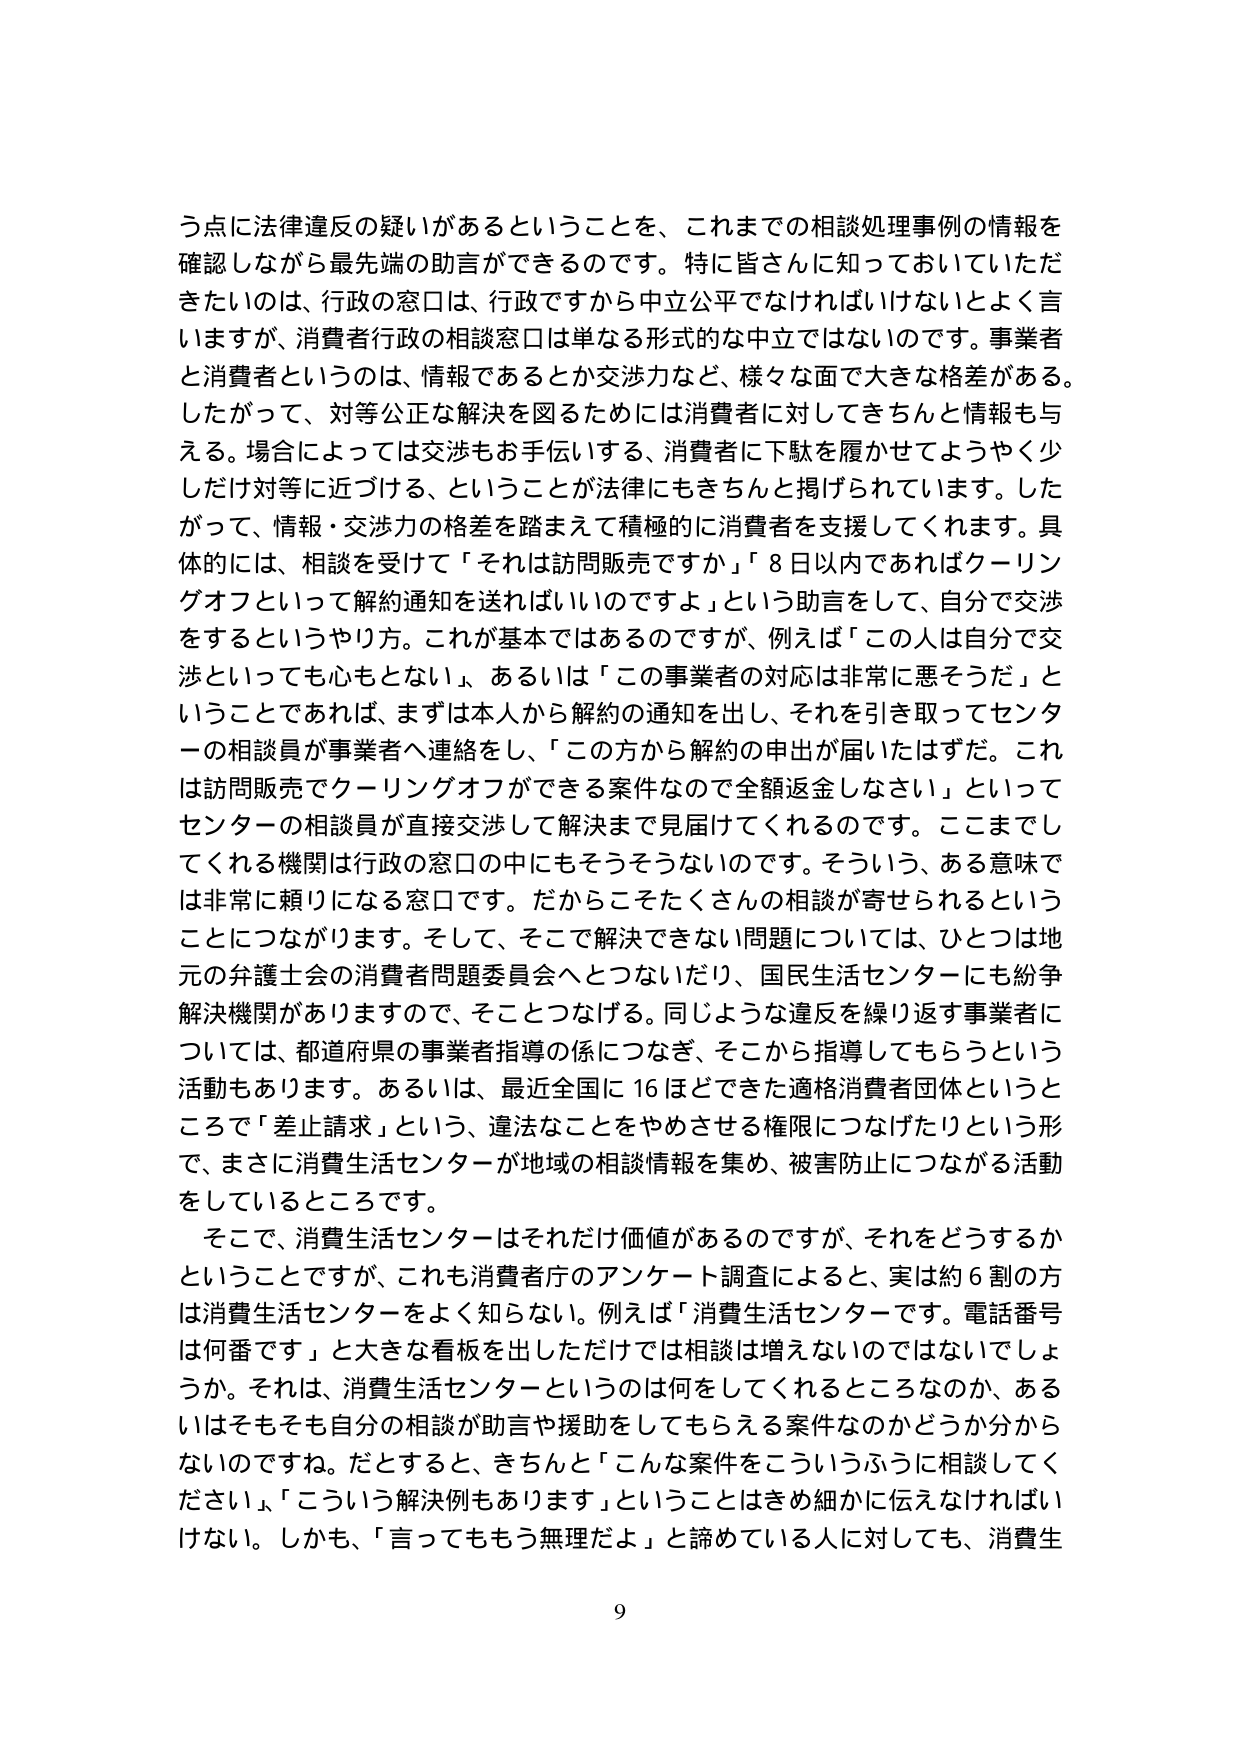
う点に法律違反の疑いがあるということを、これまでの相談処理事例の情報を確認しながら最先端の助言ができるのです。特に皆さんに知っておいていただきたいのは、行政の窓口は、行政ですから中立公平でなければいけないと言う言いますが、消費者行政の相談窓口は単なる形式的な中立ではないのです。事業者と消費者というのは、情報であるとか交渉力など、様々な面で大きな格差がある。したがって、対等公正な解決を図るためには消費者に対してきちんと情報も与える。場合によっては交渉もお手伝いする、消費者に下駄を履かせてようやく少しだけ対等に近づける、ということが法律にもきちんと掲げられています。したがって、情報・交渉力の格差を踏まえて積極的に消費者を支援してくれます。具体的には、相談を受けて「それは訪問販売ですか」「8日以内であればクーリングオフといって解約通知を送ればいいのですよ」という助言をして、自分で交渉をするというやり方。これが基本ではあるのですが、例えば「この人は自分で交渉といっても心もとない」、あるいは「この事業者の対応は非常に悪そうだ」ということであれば、まずは本人から解約の通知を出し、それを引き取ってセンターの相談員が事業者へ連絡をし、「この方から解約の申出が届いたはずだ。これは訪問販売でクーリングオフができる案件なので全額返金しなさい」といってセンターの相談員が直接交渉して解決まで見届けてくれるのです。ここまでしてくれる機関は行政の窓口の中にもそうそうないのです。そういう、ある意味では非常に頼りになる窓口です。だからこそたくさんの相談が寄せられるということにつながります。そして、そこで解決できない問題については、ひとつは地元の弁護士会の消費者問題委員会へとつないだり、国民生活センターにも紛争解決機関がありますので、そこにつなげる。同じような違反を繰り返す事業者については、都道府県の事業者指導の係につなぎ、そこから指導してもらうという活動もあります。あるいは、最近全国に16ほどできた適格消費者団体というところで「差止請求」という、違法なことをやめさせる権限につなげたりという形で、まさに消費生活センターが地域の相談情報を集め、被害防止につながる活動をしているところです。

そこで、消費生活センターはそれだけ価値があるのですが、それをどうするかということですが、これも消費者庁のアンケート調査によると、実は約6割の方は消費生活センターをよく知らない。例えば「消費生活センターです。電話番号は何番です」と大きな看板を出しただけでは相談は増えないのではないでしょうか。それは、消費生活センターというのは何をしてくれるところなのか、あるいはそもそも自分の相談が助言や援助をしてもらえる案件なのかどうか分からないのですね。だとすると、きちんと「こんな案件をこういうふうに相談してください」「こういう解決例もあります」ということはきめ細かに伝えなければならない。しかも、「言ってももう無理だよ」と諦めている人に対しても、消費生

9